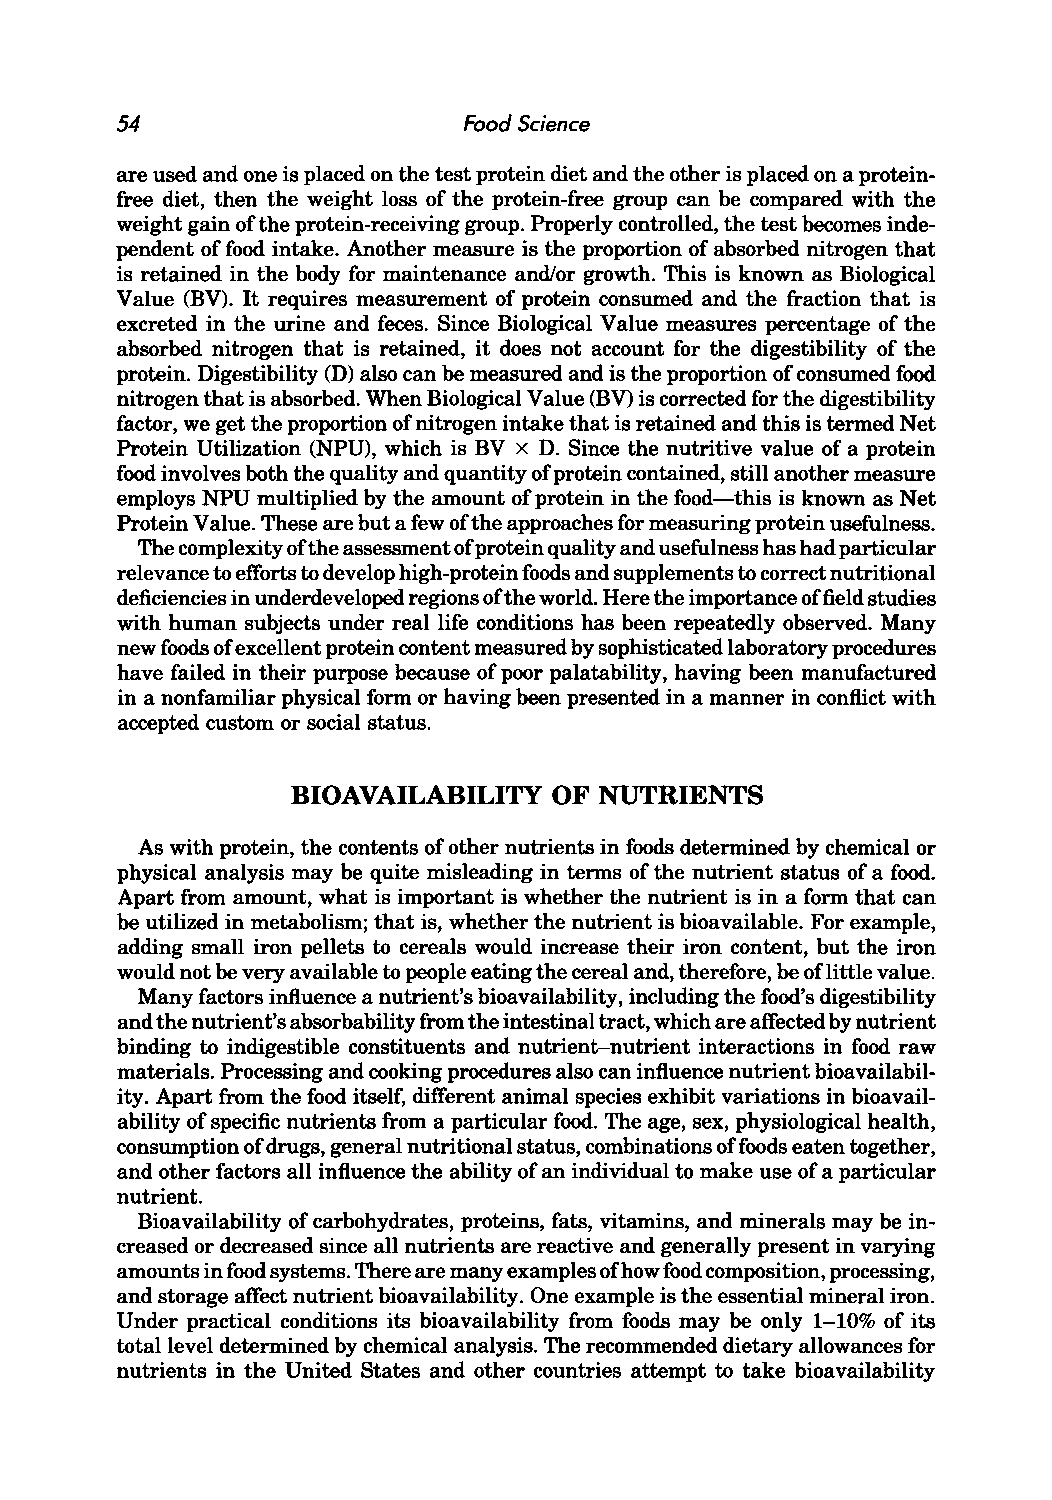
54                     Food Science
 are used and one is placed on the test protein diet and the other is placed on a protein
 free diet, then the weight loss of the protein-free group can be compared with the
 weight gain of the protein-receiving group. Properly controlled, the test becomes inde
 pendent of food intake. Another measure is the proportion of absorbed nitrogen that
 is retained in the body for maintenance and/or growth. This is known as Biological
 Value (BV). It requires measurement of protein consumed and the fraction that is
 excreted in the urine and feces. Since Biological Value measures percentage of the
 absorbed nitrogen that is retained, it does not account for the digestibility of the
 protein. Digestibility (D) also can be measured and is the proportion of consumed food
 nitrogen that is absorbed. When Biological Value (BV) is corrected for the digestibility
 factor, we get the proportion of nitrogen intake that is retained and this is termed Net
 Protein Utilization (NPU), which is BV x D. Since the nutritive value of a protein
 food involves both the quality and quantity of protein contained, still another measure
 employs NPU multiplied by the amount of protein in the food-this is known as Net
 Protein Value. These are but a few of the approaches for measuring protein usefulness.
 The complexity of the assessment of protein quality and usefulness has had particular
 relevance to efforts to develop high-protein foods and supplements to correct nutritional
 deficiencies in underdeveloped regions of the world. Here the importance offield studies
 with human subjects under real life conditions has been repeatedly observed. Many
 new foods of excellent protein content measured by sophisticated laboratory procedures
 have failed in their purpose because of poor palatability, having been manufactured
 in a nonfamiliar physical form or having been presented in a manner in conflict with
 accepted custom or social status.
 BIOAVAILABILITY   OF NUTRIENTS
 As with protein, the contents of other nutrients in foods determined by chemical or
 physical analysis may be quite misleading in terms of the nutrient status of a food.
 Apart from amount, what is important is whether the nutrient is in a form that can
 be utilized in metabolism; that is, whether the nutrient is bioavailable. For example,
 adding small iron pellets to cereals would increase their iron content, but the iron
 would not be very available to people eating the cereal and, therefore, be oflittle value.
 Many factors influence a nutrient's bioavailability, including the food's digestibility
 and the nutrient's absorbability from the intestinal tract, which are affected by nutrient
 binding to indigestible constituents and nutrient-nutrient interactions in food raw
 materials. Processing and cooking procedures also can influence nutrient bioavailabil
 ity. Apart from the food itself, different animal species exhibit variations in bioavail
 ability of specific nutrients from a particular food. The age, sex, physiological health,
 consumption of drugs, general nutritional status, combinations offoods eaten together,
 and other factors all influence the ability of an individual to make use of a particular
 nutrient.
 Bioavailability of carbohydrates, proteins, fats, vitamins, and minerals may be in
 creased or decreased since all nutrients are reactive and generally present in varying
 amounts in food systems. There are many examples ofh ow food composition, processing,
 and storage affect nutrient bioavailability. One example is the essential mineral iron.
 Under practical conditions its bioavailability from foods may be only 1-10% of its
 total level determined by chemical analysis. The recommended dietary allowances for
 nutrients in the United States and other countries attempt to take bioavailability